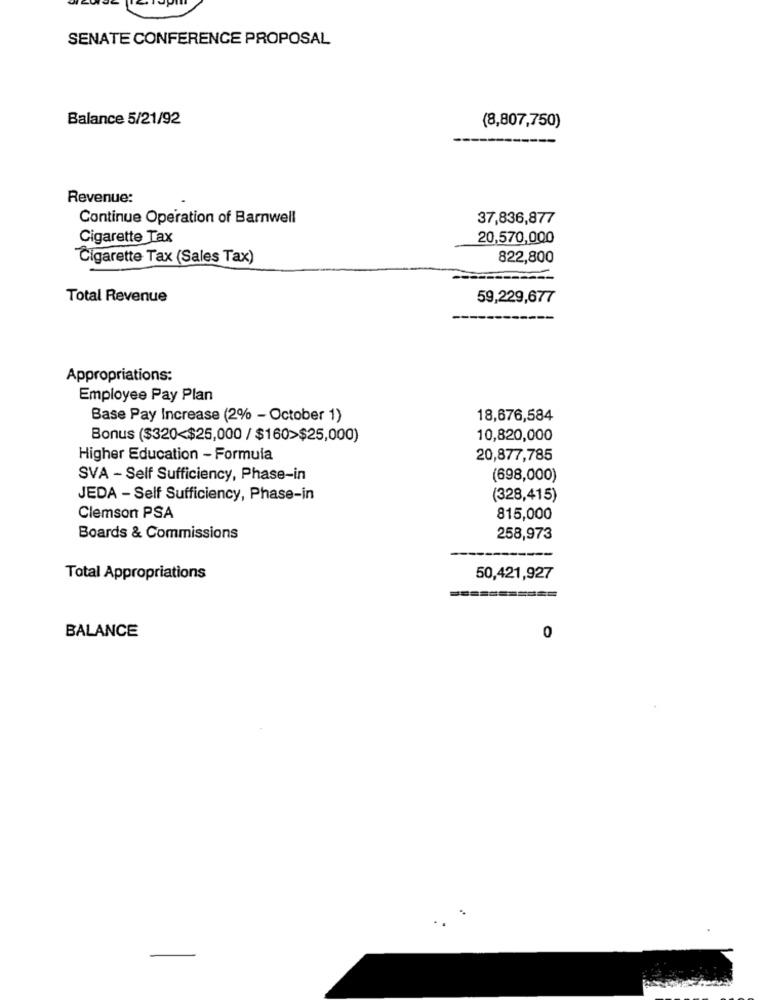
SENATE CONFERENCE PROPOSAL
Balance 5/21/92
(8,807,750)
Revenue:
Continue Operation of Barnwell
37,836,877
Cigarette Tax
20,570,000
Cigarette Tax (Sales Tax)
822,800
Total Revenue
59,229,677
Appropriations:
Employee Pay Plan
Base Pay Increase (2% - October 1)
18,676,584
Bonus ($320<$25,000 / $160>$25,000)
10,820,000
Higher Education - Formula
20,877,785
SVA - Self Sufficiency, Phase-in
(698,000)
JEDA - Self Sufficiency, Phase-in
(328,415)
Clemson PSA
815,000
Boards & Commissions
258,973
Total Appropriations
50,421,927
BALANCE
0